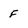
Character: F